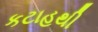
કટાહથી